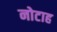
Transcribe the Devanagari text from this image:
नोटाह